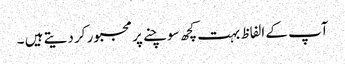
آپ کے الفاظ بہت کچھ سوچنے پر مجبور کر دیتے ہیں ۔